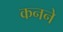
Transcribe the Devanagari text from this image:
कनने